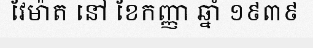
វែម៉ាត នៅ ខែកញ្ញា ឆ្នាំ ១៩៣៩